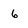
Character: 6